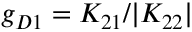
g _ { D 1 } = K _ { 2 1 } / | K _ { 2 2 } |